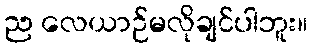
ည လေယာဉ်မလိုချင်ပါဘူး။